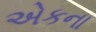
એકના